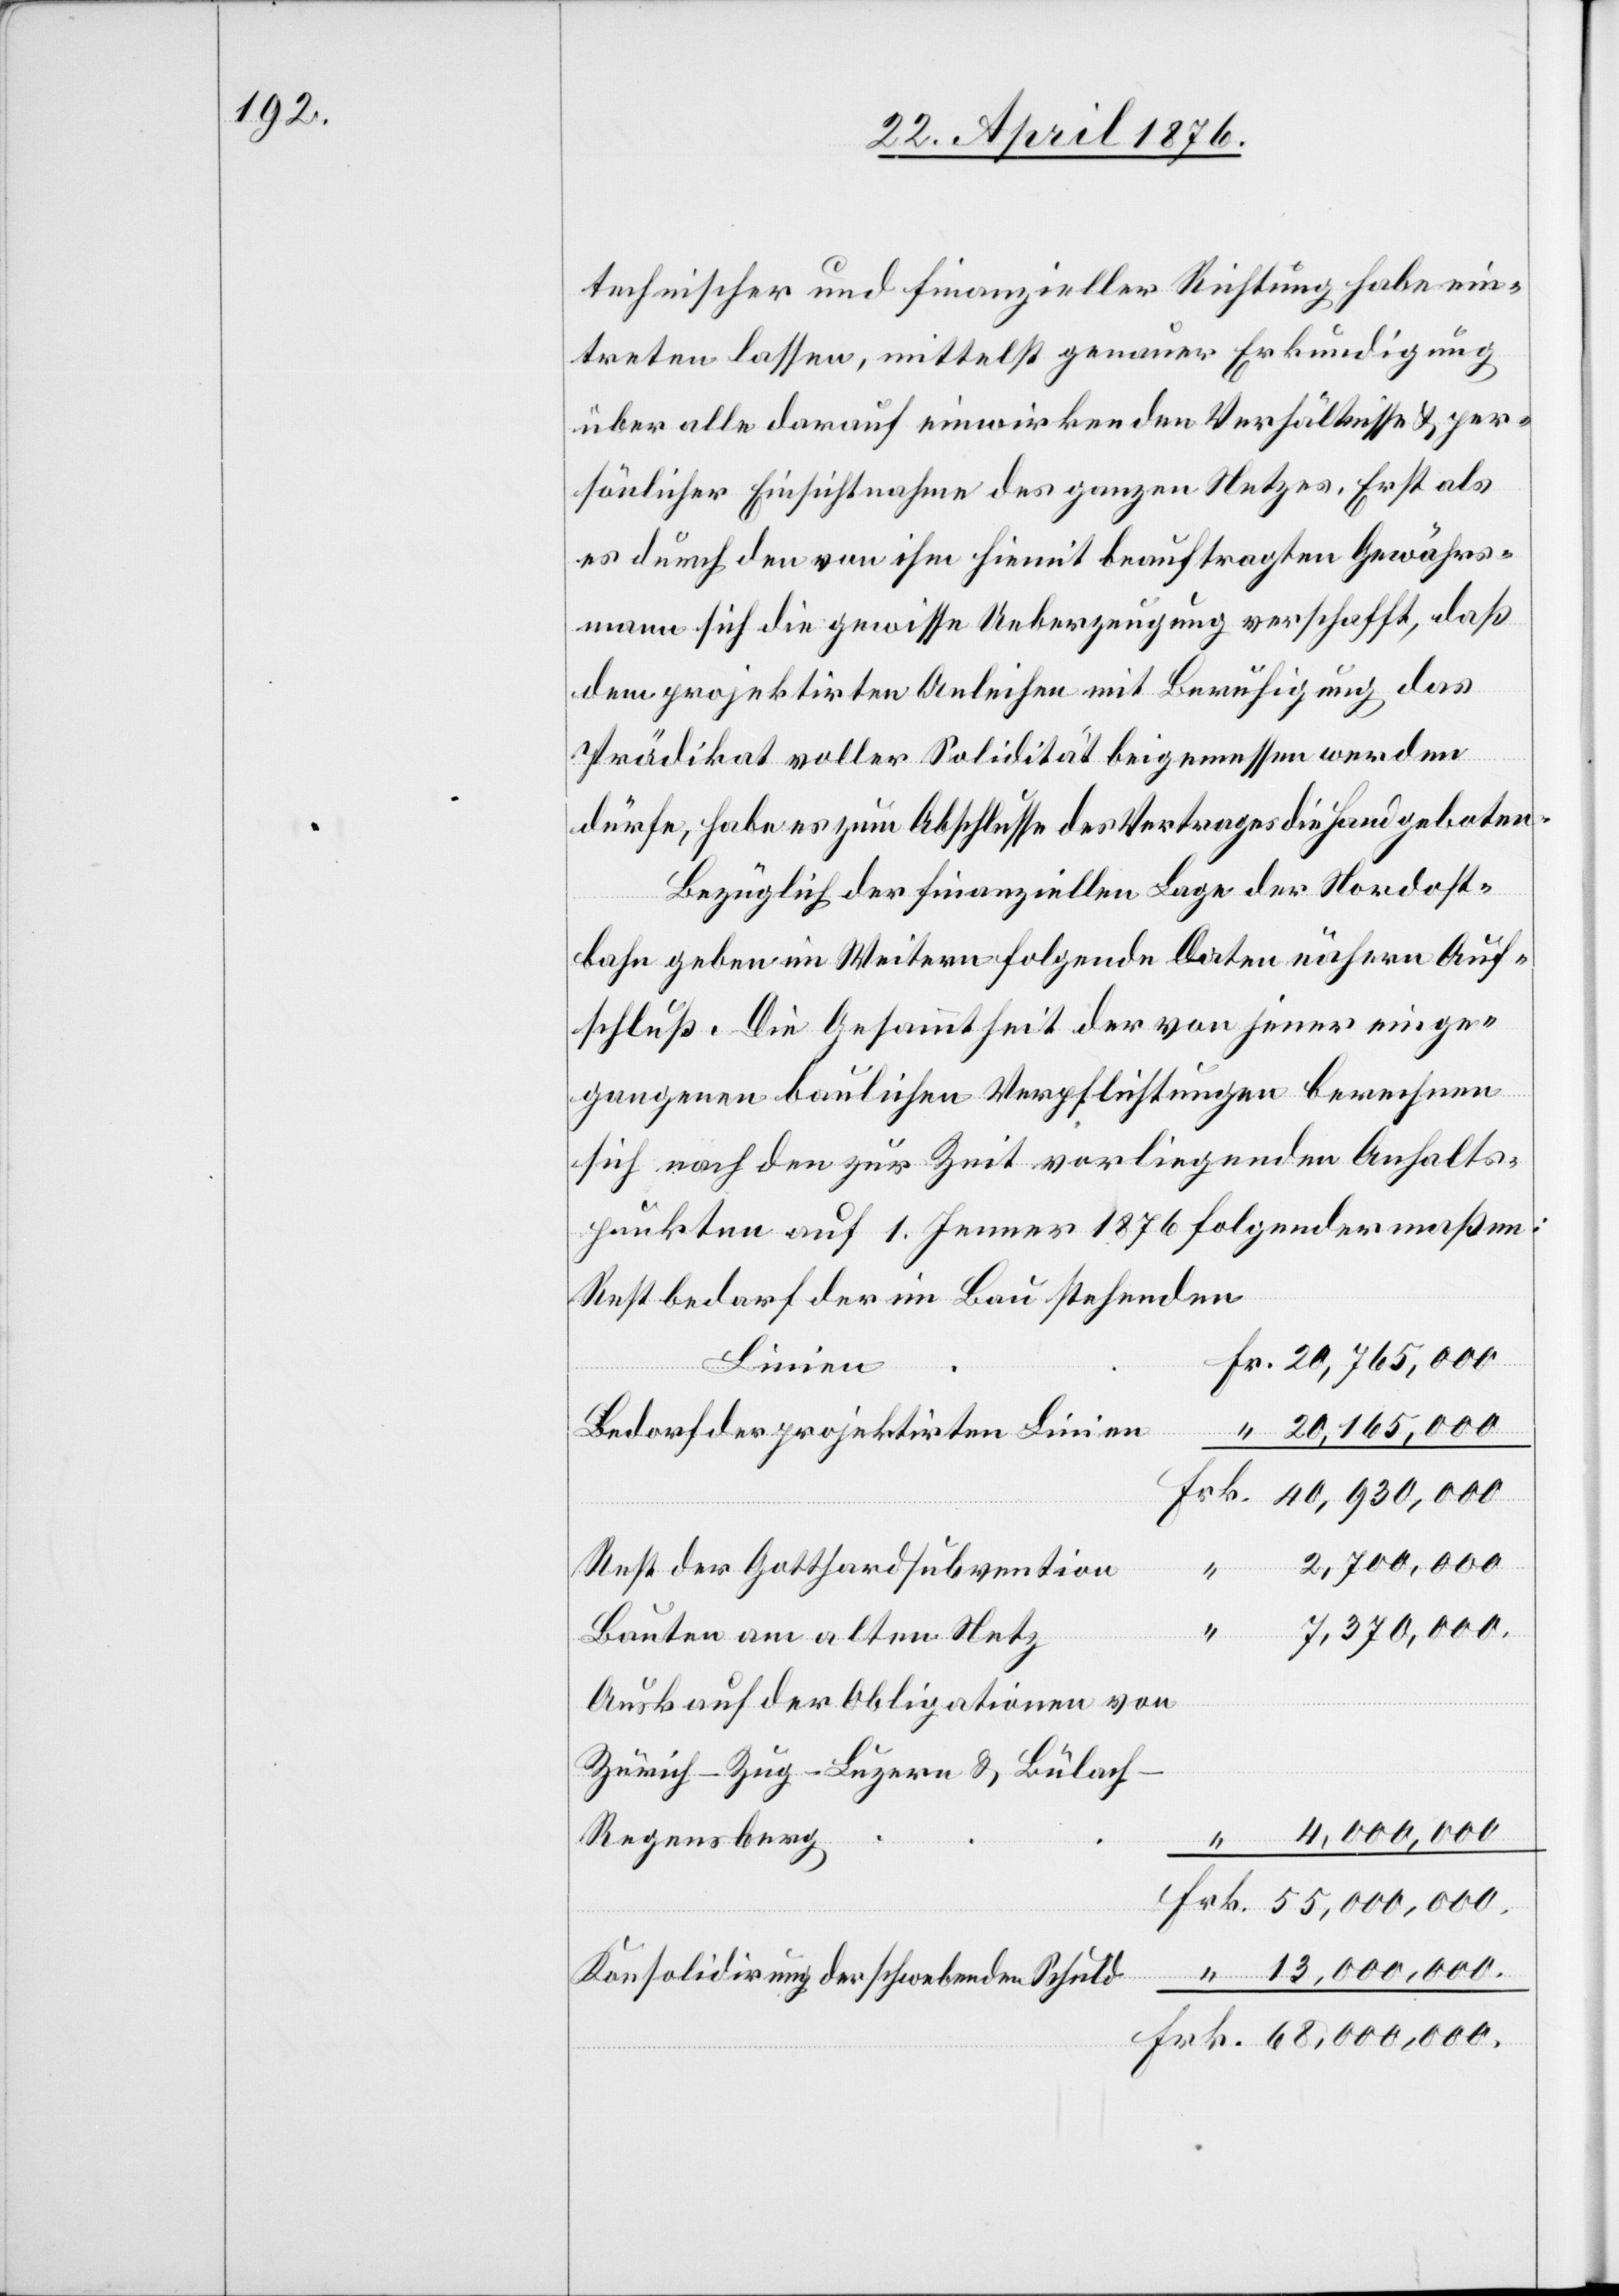
technischer und finanzieller Richtung habe ein¬
treten lassen, mittelst genauer Erkundigung
über alle darauf einwirkenden Verhältnisse & per¬
sönlicher Einsichtnahme des ganzen Netzes. Erst als
es durch den von ihm hiemit beauftragten Gewährs¬
mann sich die gewisse Ueberzeugung verschafft, daß
dem projektirten Anleihen mit Beruhigung das
Prädikat voller Solidität beigemessen werden
dürfe, habe es zum Abschlusse des Vertrages die Hand geboten.
Bezüglich der finanziellen Lage der Nordost¬
bahn geben im Weitern folgende Daten nähern Auf¬
schluß. Die Gesammtheit der von jener einge¬
gangenen baulichen Verpflichtungen berechnen
sich nach den zur Zeit vorliegenden Anhalts¬
punkten auf 1. Jenner 1876 folgendermaßen:
Restbedarf der im Bau stehenden
Linien
“
Bedarf der projektirten Linien
20,165,000
2,700,000
Rest der Gotthardsubvention
7,370,000.
Frk.
Bauten am alten Netz
Auskauf der Obligationen von
Zürich–Zug–Luzern & Bülac¬
68,000,000.
h–Regensberg
Konsolidirung der schwebenden Schuld